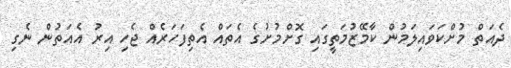
ދެއަތް މުށްކަވައިލަމުން ކާމޭޒުމަތީގައި ގޮށްމުށުގެ އެތައް އެތިފަހަރެއް ޖެހި އިރު އެއަތުން ނެގި